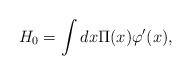
LaTeX: \begin{align*}H_{0} = \int dx \Pi(x) \varphi^{\prime}(x), \end{align*}